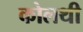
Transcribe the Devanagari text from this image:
कोलथी